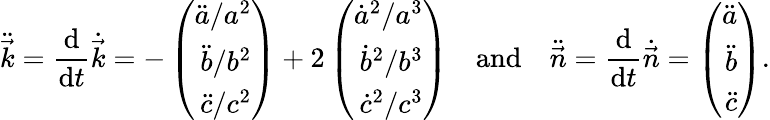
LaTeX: \ddot{\vec{k}}=\frac{\mathrm{d}}{\mathrm{d}t}\dot{\vec{k}}=-\left(\begin{array}{r}{\ddot{a}/a^{2}}\\ {\ddot{b}/b^{2}}\\ {\ddot{c}/c^{2}}\end{array}\right)+2\left(\begin{array}{r}{{\dot{a}}^{2}/a^{3}}\\ {{\dot{b}}^{2}/b^{3}}\\ {{\dot{c}}^{2}/c^{3}}\end{array}\right)\enspace\enspace\mathrm{and}\enspace\enspace\ddot{\vec{n}}=\frac{\mathrm{d}}{\mathrm{d}t}\dot{\vec{n}}=\left(\begin{array}{r}{\ddot{a}}\\ {\ddot{b}}\\ {\ddot{c}}\end{array}\right).